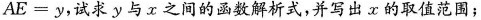
$$A E = y$$，试求y与x之间的函数解析式，并写出x的取值范围；